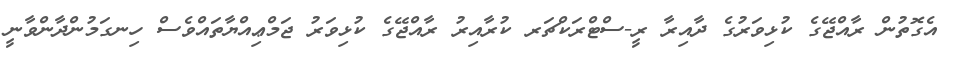
އެގޮތުން ރާއްޖޭގެ ކުޅިވަރުގެ ދާއިރާ ރީ-ސްޓްރަކްޗަރ ކުރާއިރު ރާއްޖޭގެ ކުޅިވަރު ޖަމްޢިއްޔާތައްވެސް ހިނގަމުންދާންވާނީ